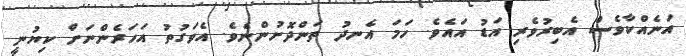
އަނެއްކާވެސް އެބިރުވެރި އަޑު އައެވެ. ހަމަ އެނދު ތަންދޮށުންނެވެ. އެވަގުތު އަހަރެންނަށް ކިޔުނީ